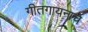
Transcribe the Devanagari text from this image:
गीतगायनाचे